Tezpur Lunatic Asylum reports 1877-1894 - 1877-1894
Year: 1877
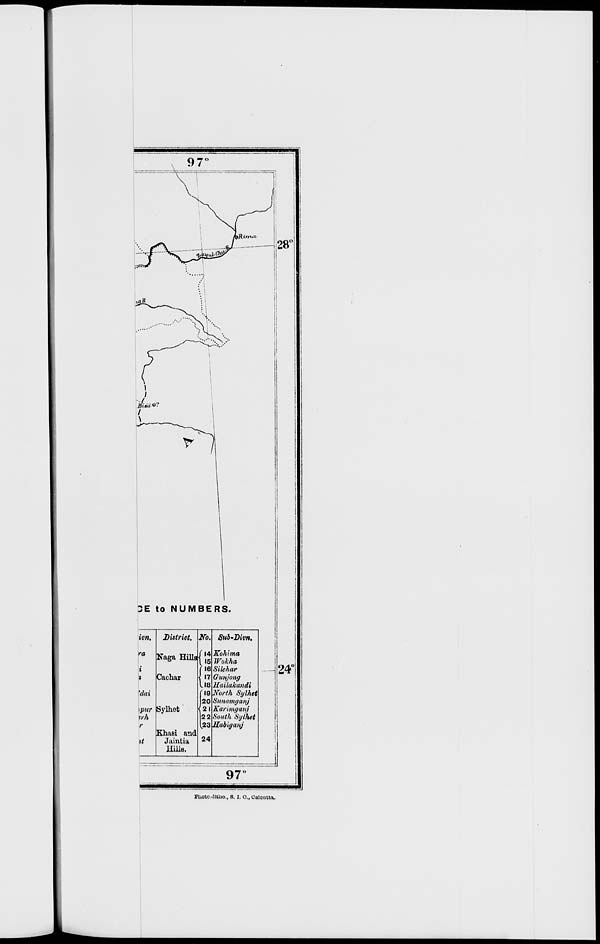
3E to NUMBERS.
ivn.
ra
i
'dai
Naga Hills
Cacliar
r
it
District.
pur pylhot
:rh
Ehasi and
Jaintia
Hills.
No.
14
15
(!?
118
20
2.
2 2
U23
24
Sub'Divn.
Kohi ma
Wohha
Silchar
Gunjong
Kailakandi
(19 North Sylhet
Sunmmjanj
Karimyauj
South Sylhet
Sabiganj
24°
J
97
Photo -lltho., S. I. O., Calcutta*